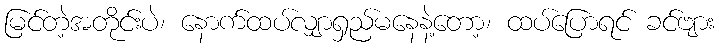
မြင်တဲ့အတိုင်းပဲ၊ နောက်ထပ်လျှာရှည်မနေနဲ့တော့၊ ထပ်ပြောရင် ခင်ဗျား